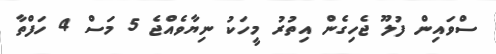
ސްވައިން ފުލޫ ޖެހިގެން އިތުރު މީހަކު ނިޔާވެއްޖެ 5 މަސް 4 ހަފްތާ